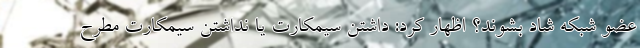
عضو شبکه شاد بشوند؟ اظهار کرد: داشتن سیمکارت یا نداشتن سیمکارت مطرح